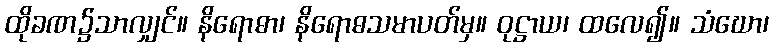
ထိုခဏ၌သာလျှင်။ နိရောဓာ၊ နိရောဓသမာပတ်မှ။ ဝုဋ္ဌာယ၊ ထလေ၍။ သံဃော၊